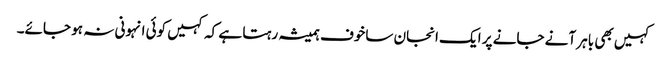
کہیں بھی باہر آنے جانے پر ایک انجان ساخوف ہمیشہ رہتا ہے کہ کہیں کوئی انہونی نہ ہو جائے۔